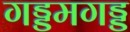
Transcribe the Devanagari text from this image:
गड्डमगड्ड